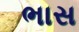
ભાસ